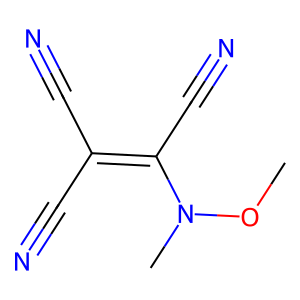
SMILES: CON(C)C(C#N)=C(C#N)C#N
Inhibits HIV replication: No